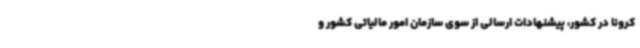
کرونا در کشور، پیشنهادات ارسالی از سوی سازمان امور مالیاتی کشور و